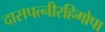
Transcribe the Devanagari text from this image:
दासपत्नीरहिगोपा